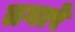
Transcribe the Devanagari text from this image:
तगारे